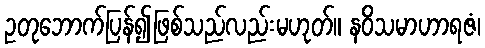
ဥတုဘောက်ပြန်၍ဖြစ်သည်လည်းမဟုတ်။ နဝိသမာဟာရဇံ၊